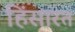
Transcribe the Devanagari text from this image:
हिंसारत